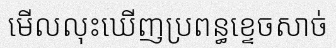
មើលលុះឃើញប្រពន្ធខ្ទេចសាច់